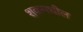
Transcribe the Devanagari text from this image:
शकमधील